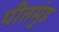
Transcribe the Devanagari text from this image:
पीतमुंड